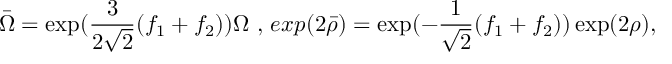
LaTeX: \bar { \Omega } = \exp ( \frac { 3 } { 2 \sqrt { 2 } } ( f _ { 1 } + f _ { 2 } ) ) \Omega \ , \, e x p ( 2 \bar { \rho } ) = \exp ( - \frac { 1 } { \sqrt { 2 } } ( f _ { 1 } + f _ { 2 } ) ) \exp ( 2 \rho ) ,